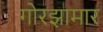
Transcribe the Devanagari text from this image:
गोरझामार